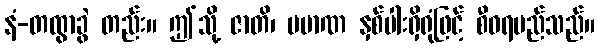
နံ-တထွာခွဲ တည်း။ ဤသို့ ဇာတိ၊ ပမာဏ နှစ်ပါးရှိရုံဖြင့် စီဝရမည်သည်။